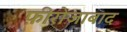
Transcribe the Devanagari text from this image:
फ़ीरोजाबाद